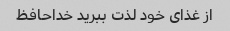
از غذای خود لذت ببرید خداحافظ